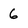
Character: 6